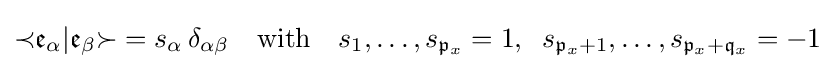
{\prec }{\mathfrak {e}}_{\alpha }|{\mathfrak {e}}_{\beta }{\succ }=s_{\alpha }{\,}\delta _{\alpha \beta }\quad {\text{with}}\quad s_{1},\ldots ,s_{{\mathfrak {p}}_{x}}=1,\;\;s_{{\mathfrak {p}}_{x}+1},\ldots ,s_{{\mathfrak {p}}_{x}+{\mathfrak {q}}_{x}}=-1{\,}